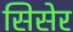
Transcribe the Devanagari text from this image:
सिसेर